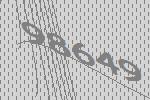
98649